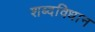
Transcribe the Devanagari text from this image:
शब्दविधान